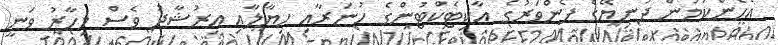
އެހެންކަމުން ދުނިޔޭގެ ފެންވަރުގެ އާކިޓެކްޓުންގެ ހުނަރާއި ހިޔާލާއި އިރުޝާދު ވެސް މިހާރު ވަނީ